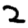
Digit: 2